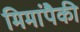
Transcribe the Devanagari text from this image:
मिमांपैकी